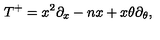
T ^ { + } = x ^ { 2 } \partial _ { x } - n x + x \theta \partial _ { \theta } ,